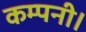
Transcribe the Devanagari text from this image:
कम्‍पनी।